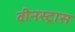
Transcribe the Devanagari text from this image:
वीनस्ट्रास